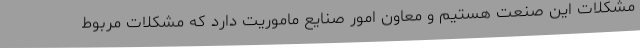
مشکلات این صنعت هستیم و معاون امور صنایع ماموریت دارد که مشکلات مربوط